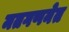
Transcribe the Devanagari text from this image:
मतगणनेत